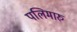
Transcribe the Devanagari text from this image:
पलिमारु